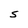
Character: S